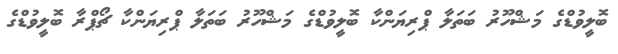
ބޮލީވުޑްގެ މަޝްހޫރު ބަތަލާ ޕްރިޔަންކާ ބޮލީވުޑްގެ މަޝްހޫރު ބަތަލާ ޕްރިޔަންކާ ޗޯޕްރާ ބޮލީވުޑްގެ